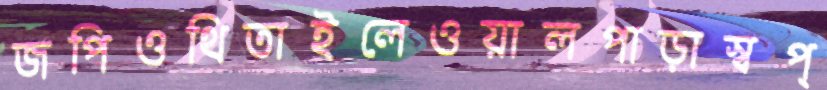
জপিওথিতাইলেওয়ালপাড়াস্বপ্